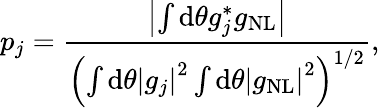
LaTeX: p_{j}=\frac{\left|\int\mathrm{d}\theta g_{j}^{*}g_{\mathrm{NL}}\right|}{\left(\int\mathrm{d}\theta\left|g_{j}\right|^{2}\int\mathrm{d}\theta\left|g_{\mathrm{NL}}\right|^{2}\right)^{1/2}},